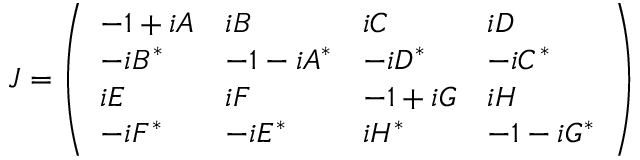
J = \left( \begin{array} { l l l l } { - 1 + i A } & { i B } & { i C } & { i D } \\ { - i B ^ { * } } & { - 1 - i A ^ { * } } & { - i D ^ { * } } & { - i C ^ { * } } \\ { i E } & { i F } & { - 1 + i G } & { i H } \\ { - i F ^ { * } } & { - i E ^ { * } } & { i H ^ { * } } & { - 1 - i G ^ { * } } \end{array} \right)